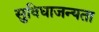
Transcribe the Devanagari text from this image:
सुविधाजन्यता